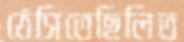
ঠেসিতেছিলিত